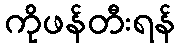
ကိုဖန်တီးရန်